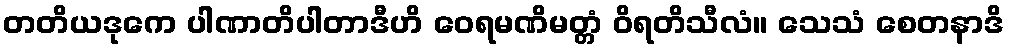
တတိယဒုကေ ပါဏာတိပါတာဒီဟိ ဝေရမဏိမတ္တံ ဝိရတိသီလံ။ သေသံ စေတနာဒိ